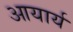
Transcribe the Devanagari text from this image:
आयार्य